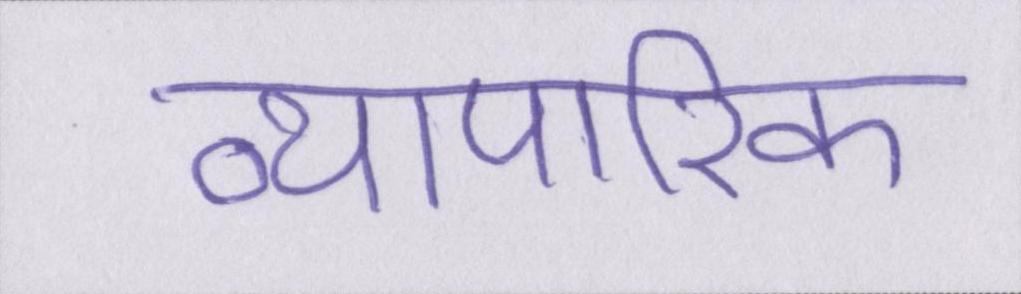
व्यापारिक